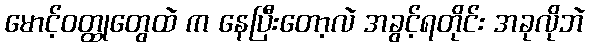
မောင့်ဝတ္ထုတွေထဲ က နေပြီးတော့လဲ အခွင့်ရတိုင်း အခုလိုဘဲ